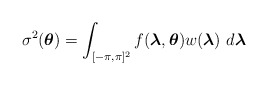
\begin{align*} \sigma^{2} (\boldsymbol{\theta})=\displaystyle\int_{[-\pi,\pi]^{2}} f(\boldsymbol{\lambda},\boldsymbol{\theta})w(\boldsymbol{\lambda}) \,\, d\boldsymbol{\lambda} \end{align*}